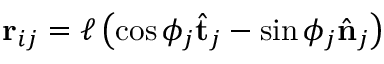
\mathbf { r } _ { i j } = \ell \left( \cos \phi _ { j } \hat { \mathbf { t } } _ { j } - \sin \phi _ { j } \hat { \mathbf { n } } _ { j } \right)